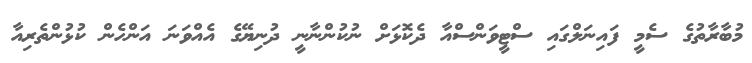
މުބާރާތުގެ ސެމީ ފައިނަލްގައި ސްޓީވަންސްއާ ދެކޮޅަށް ނުކުންނާނީ ދުނިޔޭގެ އެއްވަނަ އަންހެން ކުޅުންތެރިއާ